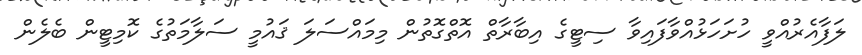
ލަފާއެރުއްވީ ހުށަހަޅުއްވާފައިވާ ސިޓީގެ އިބާރާތް އޮތްގޮތުން މިމައްސަލަ ޤައުމީ ސަލާމަތުގެ ކޮމިޓީން ބެލެން